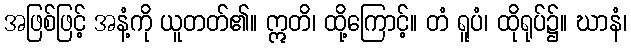
အဖြစ်ဖြင့် အနံ့ကို ယူတတ်၏။ ဣတိ၊ ထို့ကြောင့်။ တံ ရူပံ၊ ထိုရုပ်၌။ ဃာနံ၊